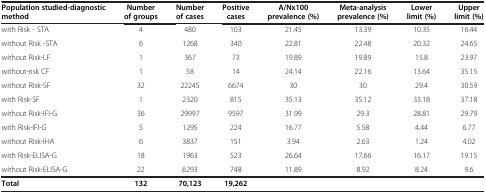
<table><thead><tr><td><b>Population studied-diagnostic method</b></td><td><b>Number of groups</b></td><td><b>Number of cases</b></td><td><b>Positive cases</b></td><td><b>A/Nx100 prevalence (%)</b></td><td><b>Meta-analysis prevalence (%)</b></td><td><b>Lower limit (%)</b></td><td><b>Upper limit (%)</b></td></tr></thead><tbody><tr><td>with Risk - STA</td><td>4</td><td>480</td><td>103</td><td>21.45</td><td>13.39</td><td>10.35</td><td>16.44</td></tr><tr><td>without Risk -STA</td><td>6</td><td>1268</td><td>340</td><td>22.81</td><td>22.48</td><td>20.32</td><td>24.65</td></tr><tr><td>without Risk-LF</td><td>1</td><td>367</td><td>73</td><td>19.89</td><td>19.89</td><td>15.8</td><td>23.97</td></tr><tr><td>without-risk CF</td><td>1</td><td>58</td><td>14</td><td>24.14</td><td>22.16</td><td>13.64</td><td>35.15</td></tr><tr><td>without Risk-SF</td><td>32</td><td>22245</td><td>6674</td><td>30</td><td>30</td><td>29.4</td><td>30.59</td></tr><tr><td>with Risk-SF</td><td>1</td><td>2320</td><td>815</td><td>35.13</td><td>35.12</td><td>33.18</td><td>37.18</td></tr><tr><td>without Risk-IFI-G</td><td>36</td><td>29997</td><td>9597</td><td>31.99</td><td>29.3</td><td>28.81</td><td>29.79</td></tr><tr><td>with Risk-IFI-G</td><td>5</td><td>1295</td><td>224</td><td>16.77</td><td>5.58</td><td>4.44</td><td>6.77</td></tr><tr><td>without Risk-IHA</td><td>6</td><td>3837</td><td>151</td><td>3.94</td><td>2.63</td><td>1.24</td><td>4.02</td></tr><tr><td>with Risk-ELISA-G</td><td>18</td><td>1963</td><td>523</td><td>26.64</td><td>17.66</td><td>16.17</td><td>19.15</td></tr><tr><td>without Risk-ELISA-G</td><td>22</td><td>6293</td><td>748</td><td>11.89</td><td>8.92</td><td>8.24</td><td>9.6</td></tr><tr><td><b>Total</b></td><td><b>132</b></td><td><b>70,123</b></td><td><b>19,262</b></td><td> </td><td colspan="3"> </td></tr></tbody></table>